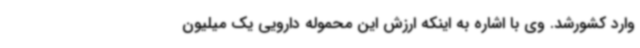
وارد کشورشد. وی با اشاره به اینکه ارزش این محموله دارویی یک میلیون